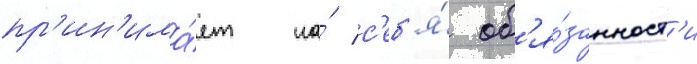
пр'ин'има́ет на́ с'еб'я́ об'я́занност'и